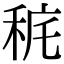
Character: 䅊